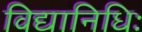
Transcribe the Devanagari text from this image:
विद्यानिधिः